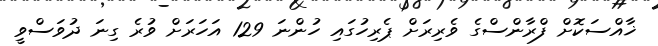
ޚާއްސަކޮށް ފްރާންސްގެ ވެރިރަށް ޕެރިހުގައި ހުންނަ 129 އަހަރަށް ވުރެ ގިނަ ދުވަސްވީ